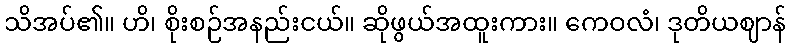
သိအပ်၏။ ဟိ၊ စိုးစဉ်အနည်းငယ်။ ဆိုဖွယ်အထူးကား။ ကေဝလံ၊ ဒုတိယဈာန်